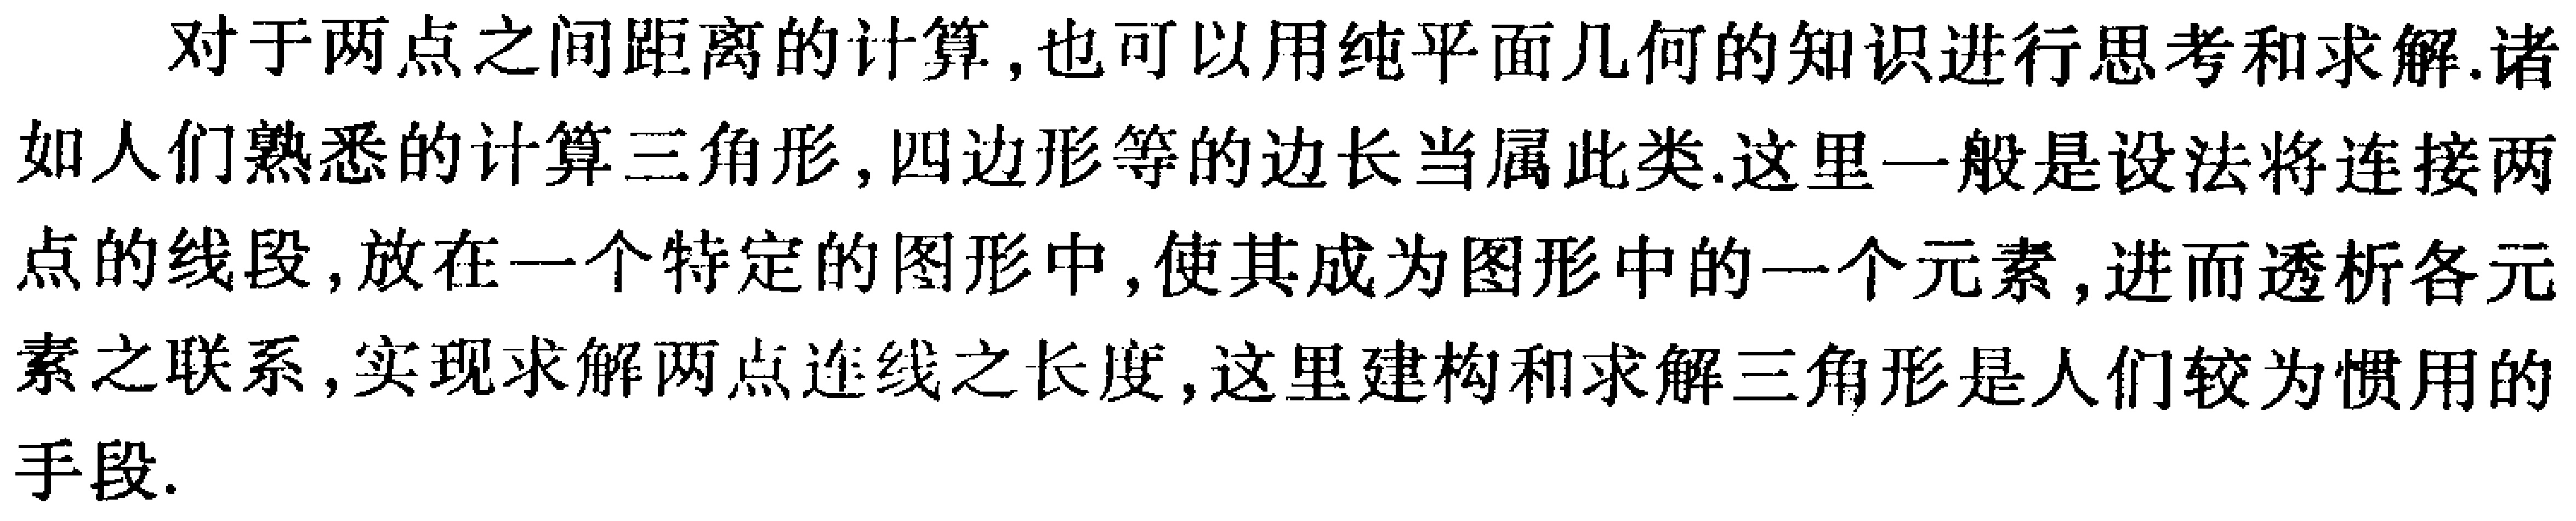
对于两点之间距离的计算,也可以用纯平面几何的知识进行思考和求解.诸如人们熟悉的计算三角形,四边形等的边长当属此类.这里一般是设法将连接两点的线段,放在一个特定的图形中,使其成为图形中的一个元素,进而透析各元素之联系,实现求解两点连线之长度,这里建构和求解三角形是人们较为惯用的手段.